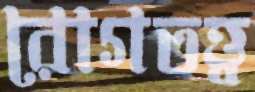
রোগতত্ত্ব